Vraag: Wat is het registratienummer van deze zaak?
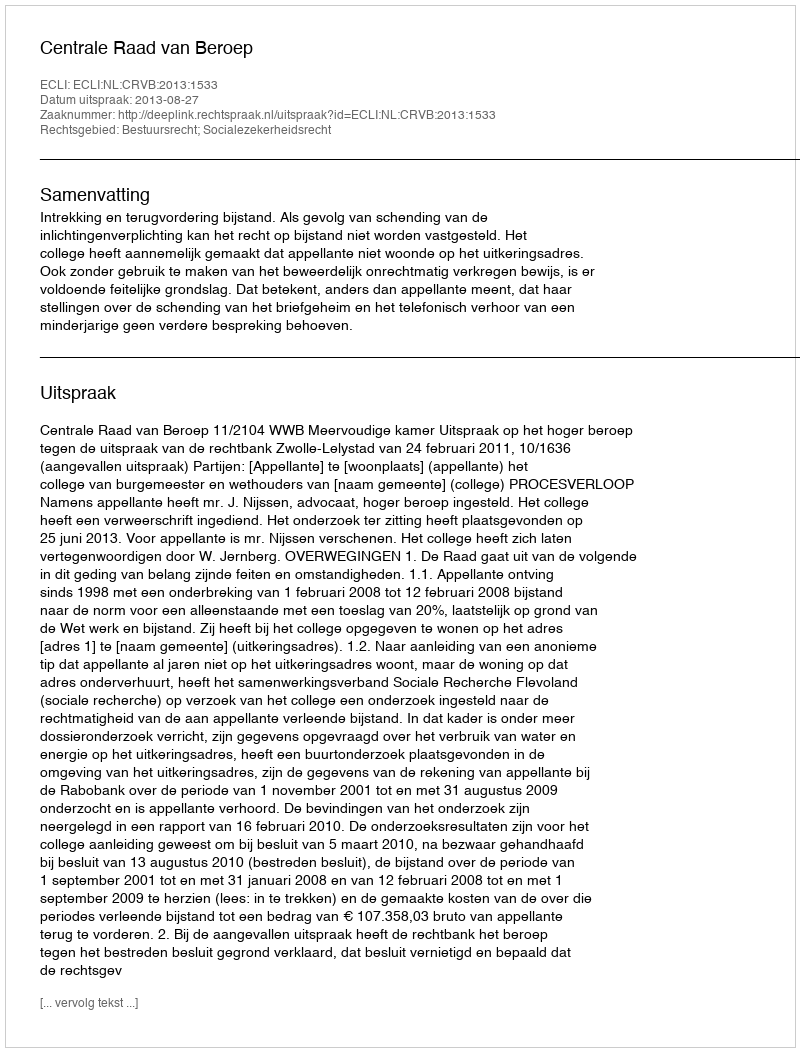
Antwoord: http://deeplink.rechtspraak.nl/uitspraak?id=ECLI:NL:CRVB:2013:1533